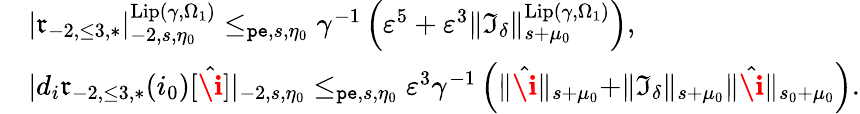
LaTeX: \begin{array}{rl}&{|\mathfrak{r}_{-2,\le 3,*}|_{-2,s,\eta_{0}}^{\mathrm{Lip}(\gamma,\Omega_{1})}\le_{\mathtt{pe},s,\eta_{0}}\gamma^{-1}\left(\varepsilon^{5}+\varepsilon^{3}\rVert\mathfrak{I}_{\delta}\rVert_{s+\mu_{0}}^{\mathrm{Lip}(\gamma,\Omega_{1})}\right),}\\ &{|d_{i}\mathfrak{r}_{-2,\le 3,*}(i_{0})[\hat{\textbf{\i}}]|_{-2,s,\eta_{0}}\le_{\mathtt{pe},s,\eta_{0}}\varepsilon^{3}\gamma^{-1}\left(\rVert\hat{\textbf{\i}}\rVert_{s+\mu_{0}}+\rVert\mathfrak{I}_{\delta}\rVert_{s+\mu_{0}}\rVert\hat{\textbf{\i}}\rVert_{s_{0}+\mu_{0}}\right).}\end{array}